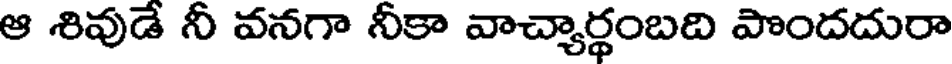
ఆ శివుడే నీ వనగా నీకా వాచ్యార్థంబది పొందదురా